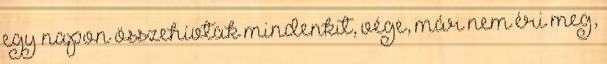
egy napon összehívtak mindenkit, vége, már nem éri meg,